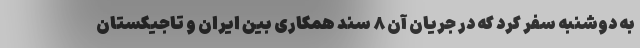
به دوشنبه سفر کرد که در جریان آن ۸ سند همکاری بین ایران و تاجیکستان